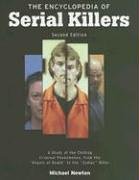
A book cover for The Encyclopedia of Serial Killers (Facts on File Crime Library); Michael Newton; Biographies & Memoirs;